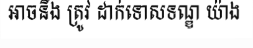
អាចនឹង ត្រូវ ដាក់ទោសទណ្ឌ យ៉ាង